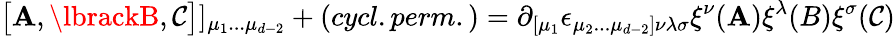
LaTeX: \bigl\lbrack\mathbf{A},\lbrackB,\mathcal{C}\bigr\rbrack\rbrack_{\mu_{1}...\mu_{d-2}}+(cycl.perm.)=\partial_{\lbrack\mu_{1}}\epsilon_{\mu_{2}...\mu_{d-2}\rbrack\nu\lambda\sigma}\xi^{\nu}(\mathbf{A})\xi^{\lambda}(B)\xi^{\sigma}(\mathcal{C})